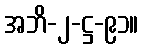
အဘိ-၂-ဋ္ဌ-၉၁။